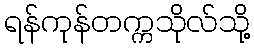
ရန်ကုန်တက္ကသိုလ်သို့